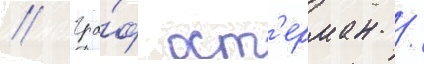
// Гра́ф ост'ерман /